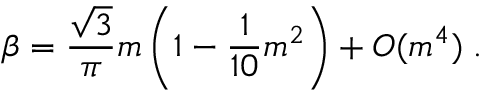
\beta = \frac { \sqrt { 3 } } { \pi } m \left( 1 - \frac { 1 } { 1 0 } m ^ { 2 } \right) + O ( m ^ { 4 } ) \; .